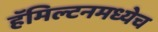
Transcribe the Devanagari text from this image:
हॅमिल्टनमध्येच